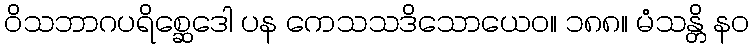
ဝိသဘာဂပရိစ္ဆေဒေါ ပန ကေသသဒိသောယေဝ။ ၁၈၈။ မံသန္တိ နဝ